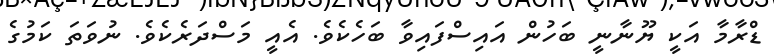
ޑްރާމާ އަކީ ޔޫނާނީ ބަހުން އައިސްފައިވާ ބަހެކެވެ. އެއީ މަސްދަރެކެވެ. ނުވަތަ ކަމުގެ